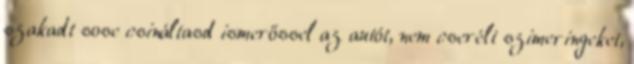
szakadt sose csináltasd ismerőssel az autót, nem cserélt szimeringeket,